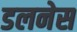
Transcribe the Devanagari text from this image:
डलनेस